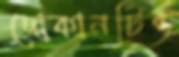
দোকানটিও